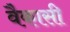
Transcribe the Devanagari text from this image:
वैकासी